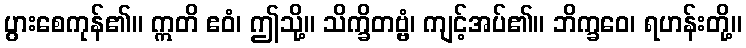
ပွားစေကုန်၏။ ဣတိ ဧဝံ၊ ဤသို့။ သိက္ခိတဗ္ဗံ၊ ကျင့်အပ်၏။ ဘိက္ခဝေ၊ ရဟန်းတို့။